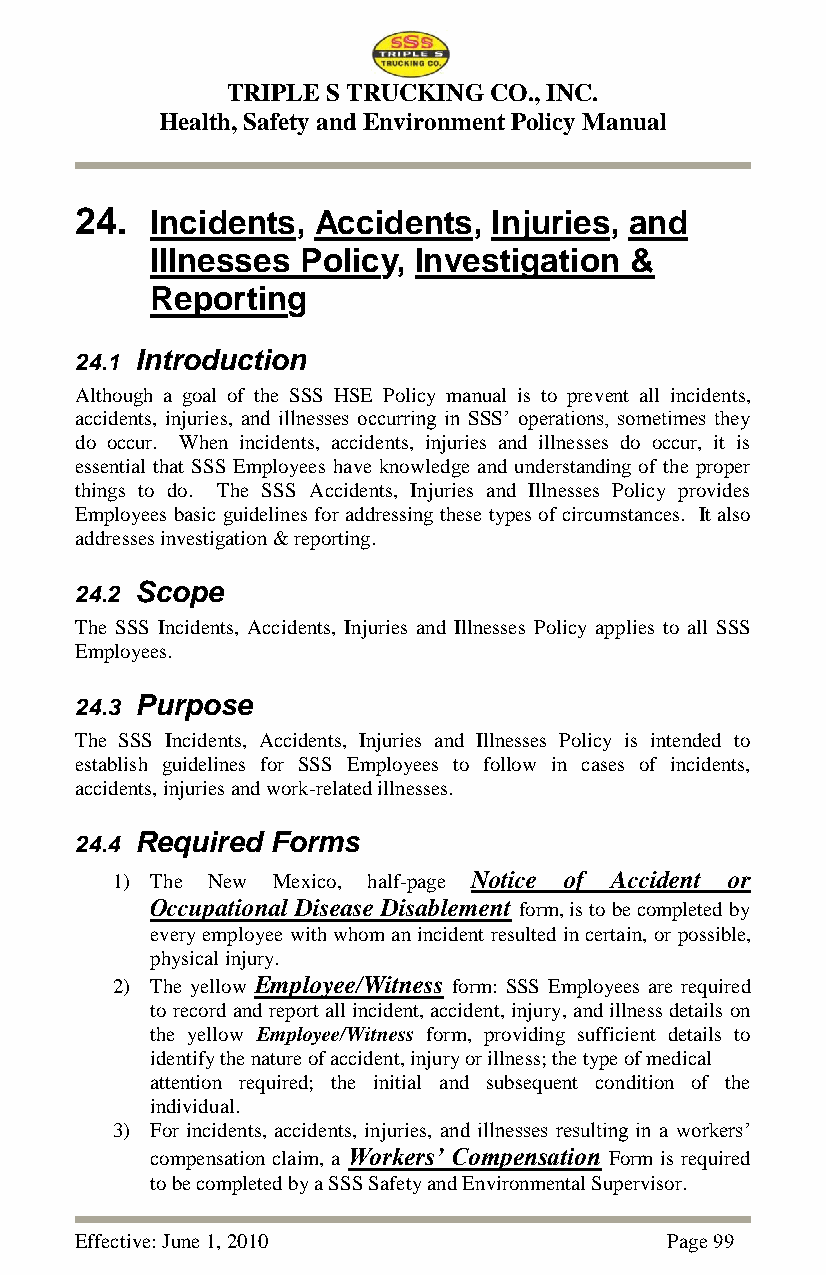
TRIPLE S TRUCKING CO., INC.
 Health, Safety and Environment Policy Manual
 24.  Incidents, Accidents,  Injuries, and
 Illnesses Policy, Investigation &
 Reporting
 24.1 Introduction
 Although a goal of the SSS HSE Policy manual is to prevent all incidents,
 accidents, injuries, and illnesses occurring in SSS‘ operations, sometimes they
 do occur. When incidents, accidents, injuries and illnesses do occur, it is
 essential that SSS Employees have knowledge and understanding of the proper
 things to do. The SSS Accidents, Injuries and Illnesses Policy provides
 Employees basic guidelines for addressing these types of circumstances. It also
 addresses investigation & reporting.
 24.2 Scope
 The SSS Incidents, Accidents, Injuries and Illnesses Policy applies to all SSS
 Employees.
 24.3 Purpose
 The SSS Incidents, Accidents, Injuries and Illnesses Policy is intended to
 establish guidelines for SSS Employees to follow in cases of incidents,
 accidents, injuries and work-related illnesses.
 24.4 Required Forms
 1) The New Mexico, half-page Notice of Accident or
 Occupational Disease Disablement form, is to be completed by
 every employee with whom an incident resulted in certain, or possible,
 physical injury.
 2) The yellow Employee/Witness form: SSS Employees are required
 to record and report all incident, accident, injury, and illness details on
 the yellow Employee/Witness form, providing sufficient details to
 identify the nature of accident, injury or illness; the type of medical
 attention required; the initial and subsequent condition of the
 individual.
 3) For incidents, accidents, injuries, and illnesses resulting in a workers‘
 compensation claim, a Workers’ Compensation Form is required
 to be completed by a SSS Safety and Environmental Supervisor.
 Effective: June 1, 2010                Page 99